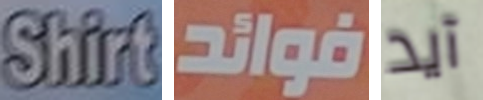
Shirt فوائد آيد